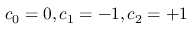
c _ { 0 } = 0 , c _ { 1 } = - 1 , c _ { 2 } = + 1